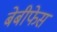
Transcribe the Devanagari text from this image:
बेबीफेस